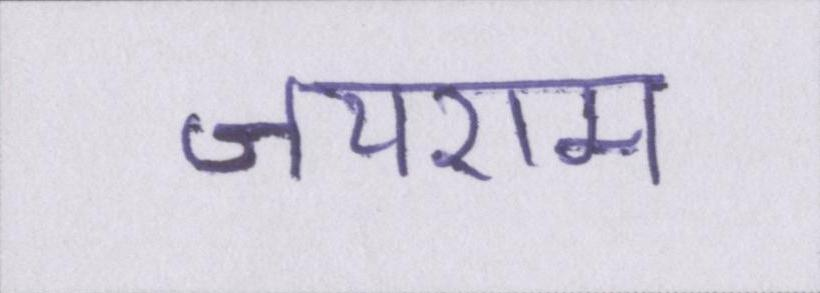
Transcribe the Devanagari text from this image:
जयराम